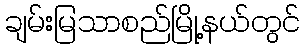
ချမ်းမြသာစည်မြို့နယ်တွင်